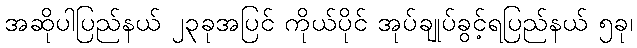
အဆိုပါပြည်နယ် ၂၃ခုအပြင် ကိုယ်ပိုင် အုပ်ချုပ်ခွင့်ရပြည်နယ် ၅ခု၊